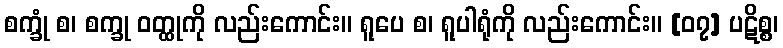
စက္ခုံ စ၊ စက္ခု ဝတ္ထုကို လည်းကောင်း။ ရူပေ စ၊ ရူပါရုံကို လည်းကောင်း။ [၀၇] ပဋိစ္စ၊